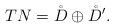
LaTeX: \begin{align*}TN=\mathring{D}\oplus \mathring{D}^{\prime }. \end{align*}